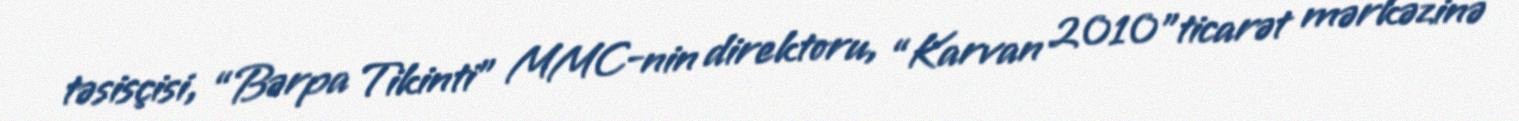
təsisçisi, “Bərpa Tikinti” MMC-nin direktoru, “Karvan 2010"ticarət mərkəzinə